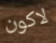
لاكون